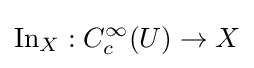
\operatorname {In} _{X}:C_{c}^{\infty }(U)\to X